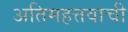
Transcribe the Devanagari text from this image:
अतिमहत्तवाची